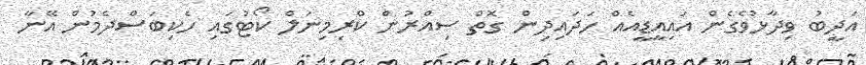
އަދީބު ވިދާޅުވެގެން އައިއީޑީއެއް ހަދައިދިން ގޮތް ސިއްރުން ކްރިމިނަލް ކޯޓުގައި ހެކިބަސްދެމުން އޭނާ